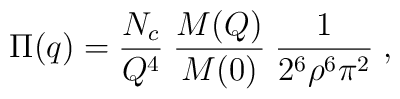
\Pi (q)=  \frac{N_{c}}{Q^{4}}\;  \frac{M(Q)}{M(0)}\;  \frac{1}{2^{6}\rho ^{6}\pi ^{2}} \; ,